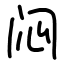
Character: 闷